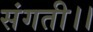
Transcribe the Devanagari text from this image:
संगती।।